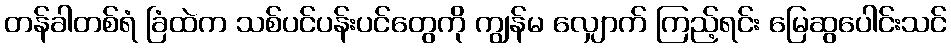
တန်ခါတစ်ရံ ခြံထဲက သစ်ပင်ပန်းပင်တွေကို ကျွန်မ လျှောက် ကြည့်ရင်း မြေဆွပေါင်းသင်